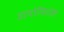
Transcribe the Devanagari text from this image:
डायोनिसोस